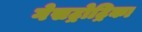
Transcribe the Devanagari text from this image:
गेसट्रोट्रिका